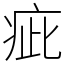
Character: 疵